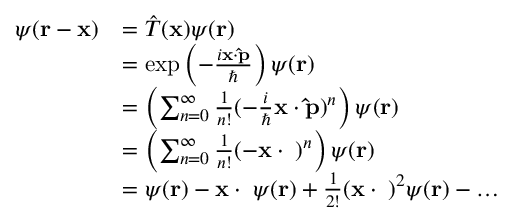
{ \begin{array} { r l } { \psi ( \mathbf { r } - \mathbf { x } ) } & { = { \hat { T } } ( \mathbf { x } ) \psi ( \mathbf { r } ) } \\ & { = \exp \left( - { \frac { i \mathbf { x } \cdot \mathbf { \hat { p } } } { \hbar } } \right) \psi ( \mathbf { r } ) } \\ & { = \left( \sum _ { n = 0 } ^ { \infty } { \frac { 1 } { n ! } } ( - { \frac { i } { \hbar } } \mathbf { x } \cdot \mathbf { \hat { p } } ) ^ { n } \right) \psi ( \mathbf { r } ) } \\ & { = \left( \sum _ { n = 0 } ^ { \infty } { \frac { 1 } { n ! } } ( - \mathbf { x } \cdot \mathbf { \nabla } ) ^ { n } \right) \psi ( \mathbf { r } ) } \\ & { = \psi ( \mathbf { r } ) - \mathbf { x } \cdot \mathbf { \nabla } \psi ( \mathbf { r } ) + { \frac { 1 } { 2 ! } } ( \mathbf { x } \cdot \mathbf { \nabla } ) ^ { 2 } \psi ( \mathbf { r } ) - \dots } \end{array} }